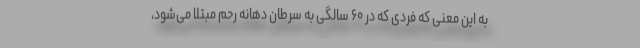
به این معنی که فردی که در ۶۰ سالگی به سرطان دهانه رحم مبتلا می‌شود،